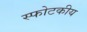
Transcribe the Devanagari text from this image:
स्फोटकीय